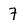
Character: 7